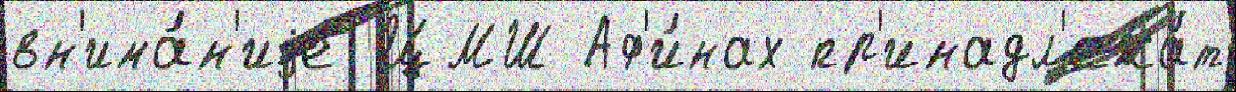
вн'има́н'иjе ЦМШ Аф'и́нах пр'инадл'ежа́т